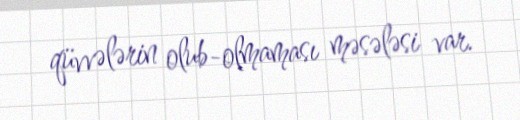
qüvvələrin olub-olmaması məsələsi var.